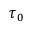
\tau _ { 0 }